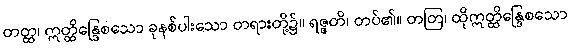
တတ္ထ၊ ဣတ္ထိန္ဒြေစသော ခုနစ်ပါးသော တရားတို့၌။ ရဇ္ဇတိ၊ တပ်၏။ တတြ၊ ထိုဣတ္ထိန္ဒြေစသော